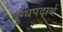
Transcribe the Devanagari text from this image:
दुग्धपदार्थ